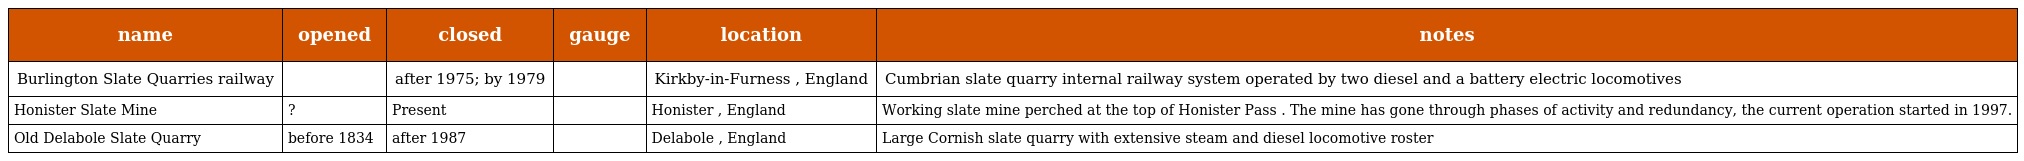
| name | opened | closed | gauge | location | notes |
 | --- | --- | --- | --- | --- | --- |
 | Burlington Slate Quarries railway |  | after 1975; by 1979 |  | Kirkby-in-Furness , England | Cumbrian slate quarry internal railway system operated by two diesel and a battery electric locomotives |
 | Honister Slate Mine | ? | Present |  | Honister , England | Working slate mine perched at the top of Honister Pass . The mine has gone through phases of activity and redundancy, the current operation started in 1997. |
 | Old Delabole Slate Quarry | before 1834 | after 1987 |  | Delabole , England | Large Cornish slate quarry with extensive steam and diesel locomotive roster |